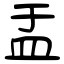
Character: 盂